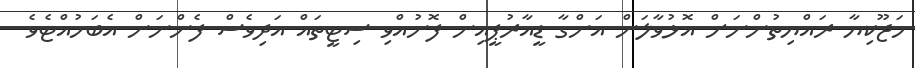
ހަޖޫކިޔާ ރައްޔިތުންނަށް އޮޅުވާލަން އަންގާ ޑީއާރުޕީއިން ފޮނުއްވި ސިޓީތައް އަދިވެސް ފެންނަން އެބަހުއްޓެވެ.